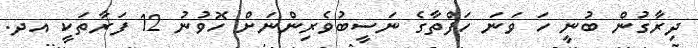
ދިރާގުން ބުނީ ހަ ވަަނަ ހަފްތާގެ ނަސީބުވެރިންނަށް ހޮވުނު 12 ފަރާތަކީ އދ.